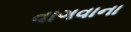
વાગવાના